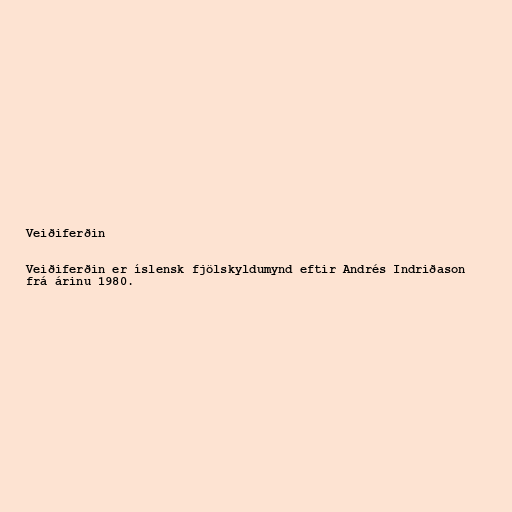
Veiðiferðin

Veiðiferðin er íslensk fjölskyldumynd eftir Andrés Indriðason
frá árinu 1980.